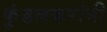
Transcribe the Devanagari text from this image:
कुंडलकरांनी